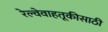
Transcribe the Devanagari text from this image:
रेल्वेवाहतूकीसाठी